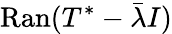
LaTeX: \mathrm{Ran}(T^{*}-{\bar{\lambda}}I)